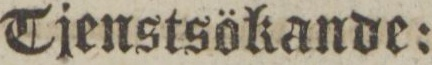
Tjenstsökande: